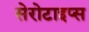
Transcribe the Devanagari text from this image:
सेरोटाइप्स